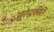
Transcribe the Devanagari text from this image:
सुरेन्द्रकीर्ति